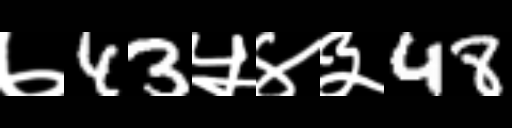
Text: ७43५४३48